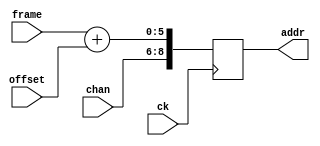
module addr_adder
    #(parameter FRAME_W = 6, parameter CHAN_W = 3)
    ( input wire ck,
    input wire [FRAME_W-1:0] frame,
    input wire [FRAME_W-1:0] offset,
    input wire [CHAN_W-1:0] chan,
    output reg [(FRAME_W+CHAN_W)-1:0] addr
);

    always @(posedge ck) begin
        addr <= { chan, frame + offset };
    end

endmodule